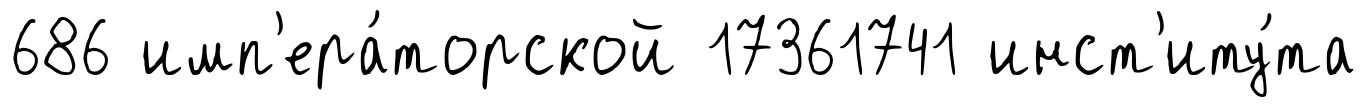
686 имп'ера́торской 17361741 инст'иту́та